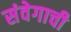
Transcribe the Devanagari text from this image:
संवेगाची